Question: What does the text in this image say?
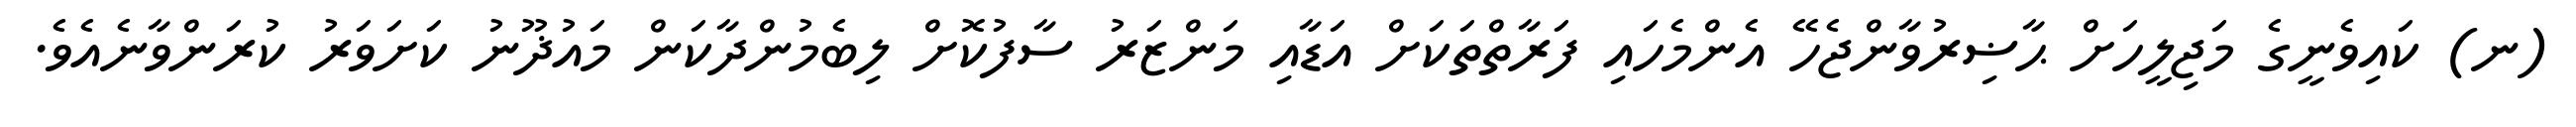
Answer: (ނ) ކައިވެނީގެ މަޖިލީހަށް ޙާޟިރުވާންޖެހޭ އެންމެހައި ފަރާތްތަކަށް އަޑާއި މަންޒަރު ސާފުކޮށް ލިބެމުންދާކަން މައުޛޫނު ކަށަވަރު ކުރަންވާނެއެވެ.